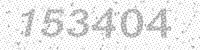
Solution: 153404